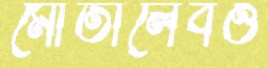
মোতালেবও